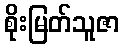
စိုးမြတ်သူဇာ